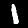
Digit: 1